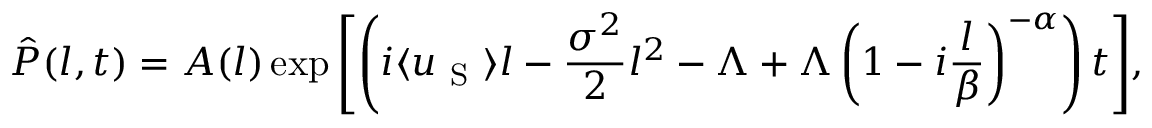
\hat { P } ( l , t ) = A ( l ) \exp { \left[ \left( i \langle u _ { \mathrm { ~ S ~ } } \rangle l - \frac { \sigma ^ { 2 } } { 2 } l ^ { 2 } - \Lambda + \Lambda \left( 1 - i \frac { l } { \beta } \right) ^ { - \alpha } \right) t \right] } ,